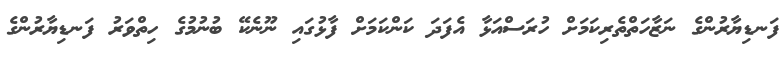
ފަނޑިޔާރުންގެ ނަޒާހަތްތެރިކަމަށް ހުރަސްއަޅާ އެފަދަ ކަންކަމަށް ފާޅުގައި ނޫނެކޭ ބުނުމުގެ ހިތްވަރު ފަނޑިޔާރުންގެ